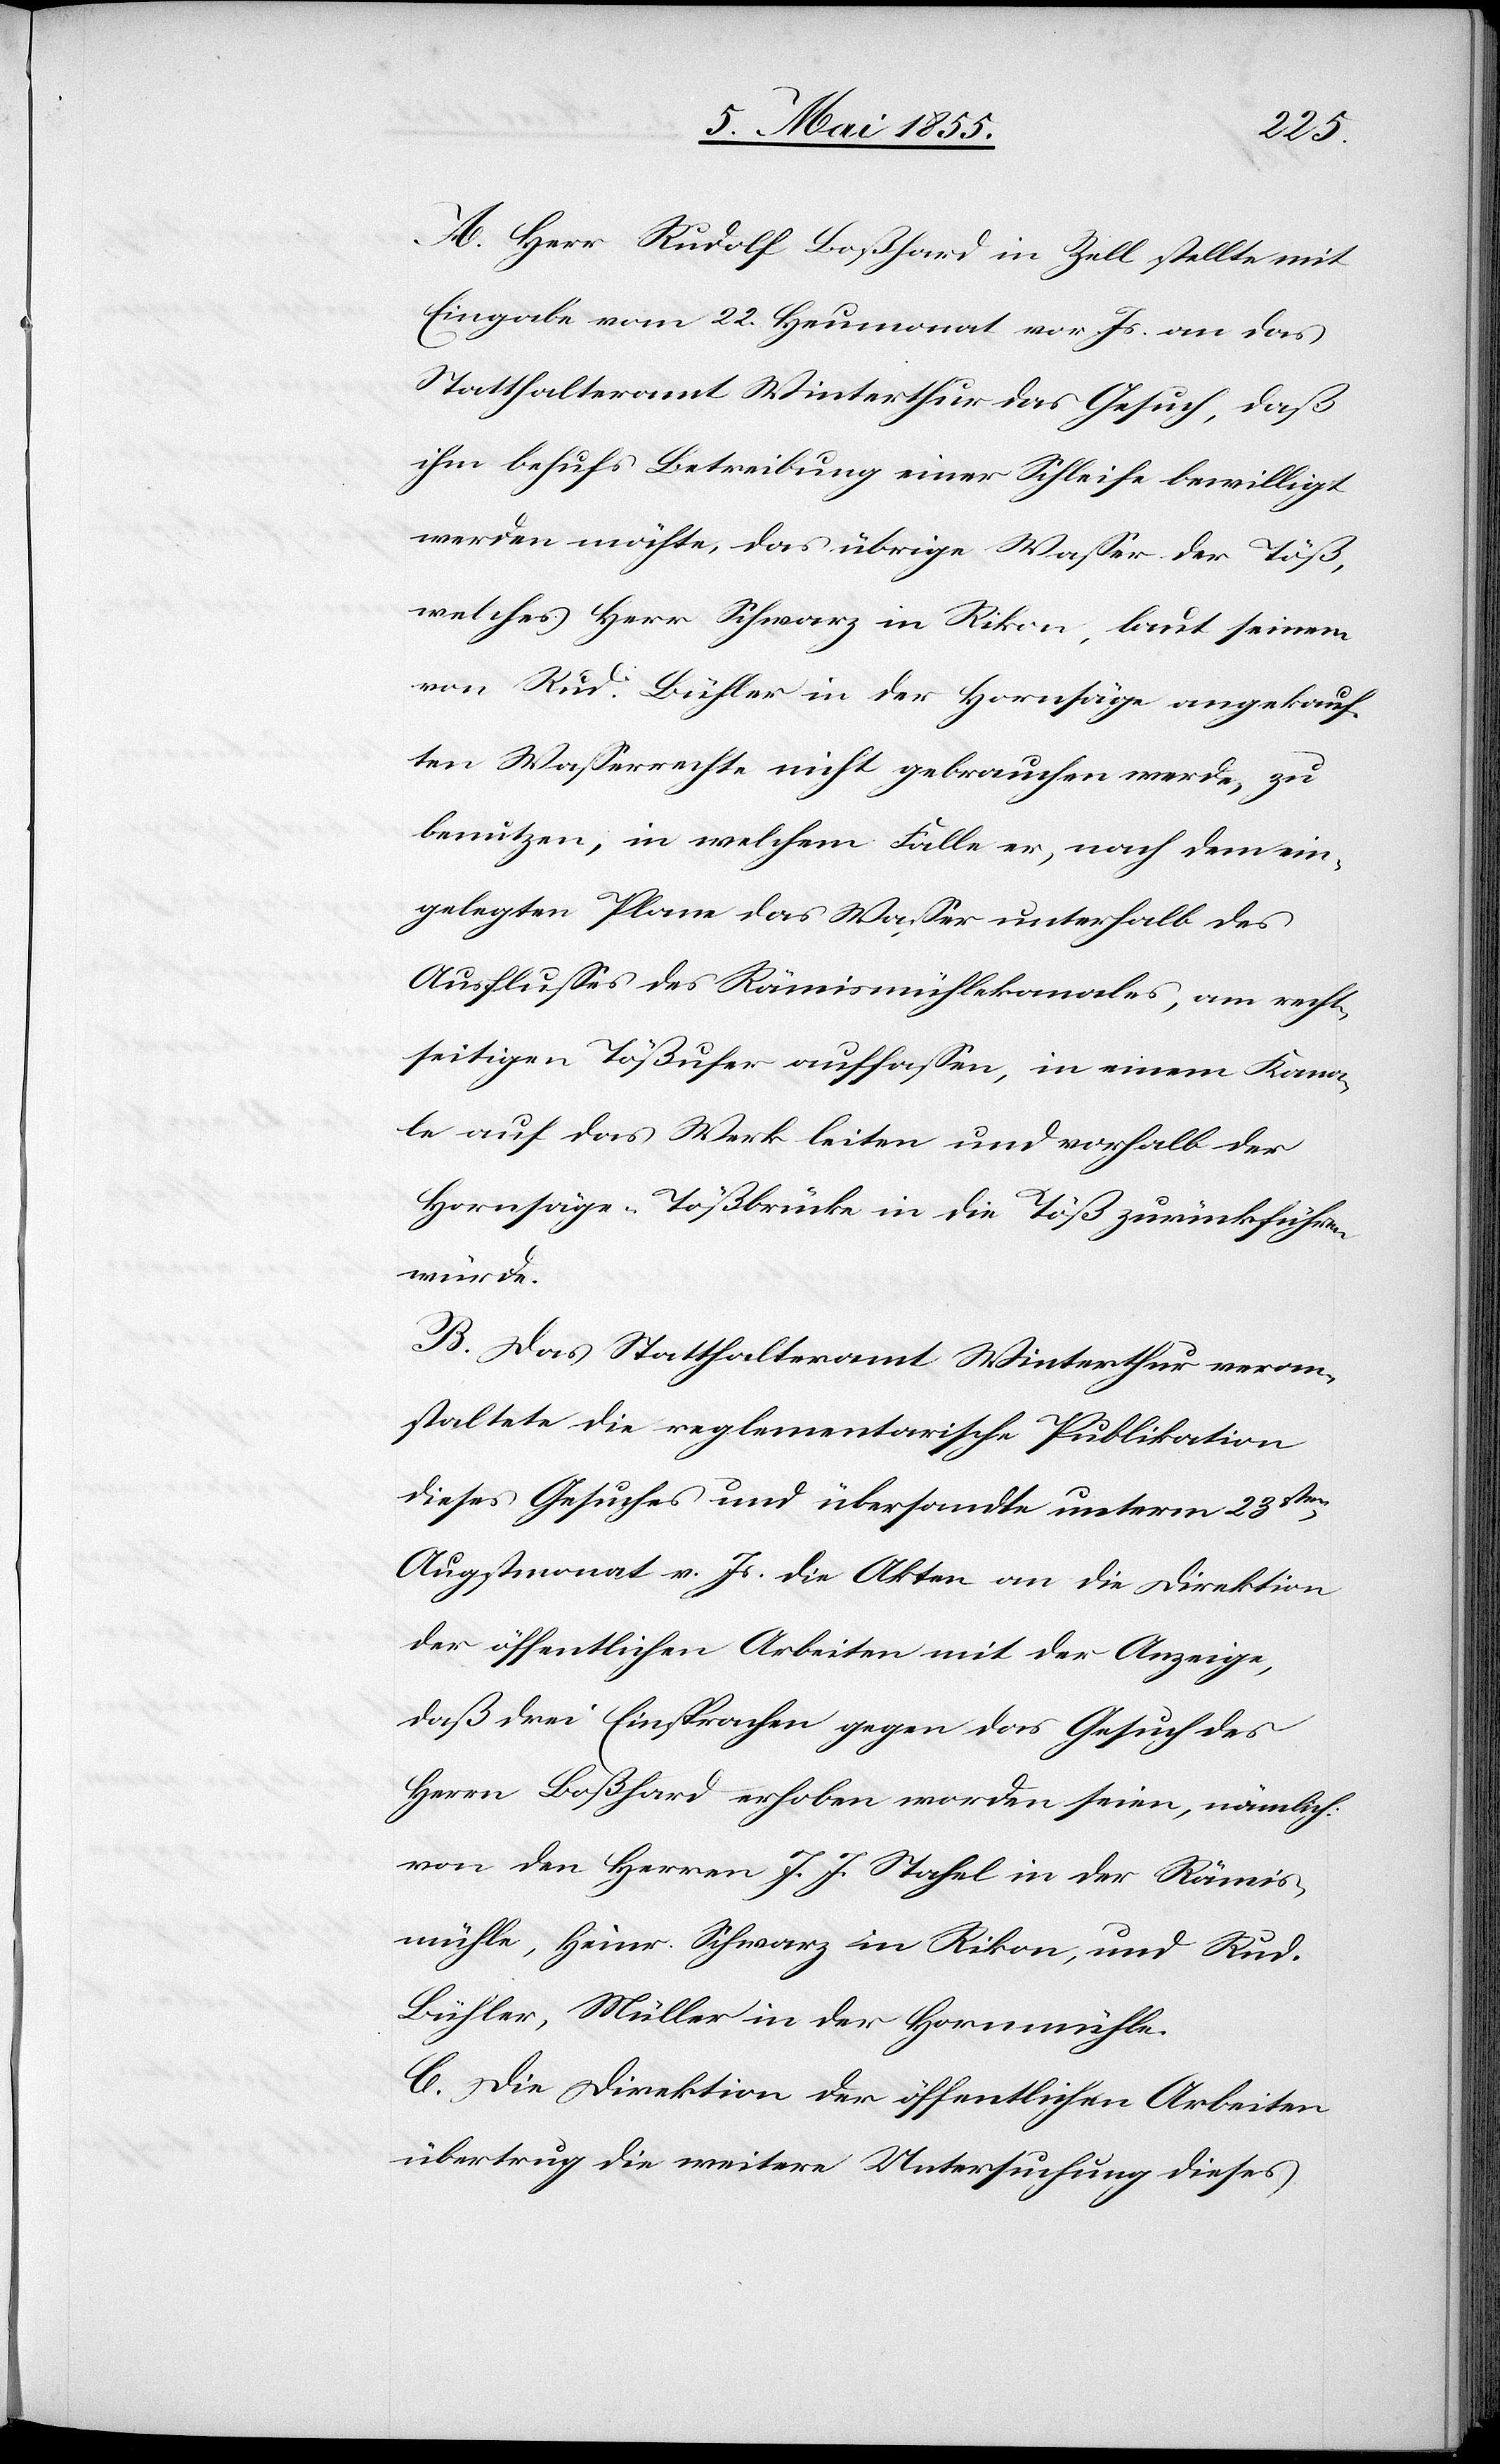
A. Herr Rudolf Boßhard in Zell stellte mit
Eingabe vom 22. Heumonat vor. Js. an das
Statthalteramt Winterthur das Gesuch, daß
ihm behufs Betreibung einer Schleife bewilligt
werden möchte, das übrige Wasser der Töß,
welches Herr Schwarz in Rikon, laut seinem
von Rud. Bühler in der Hornsäge angekauf¬
ten Wasserrechte nicht gebrauchen werde, zu
benutzen, in welchem Falle er, nach dem ein¬
gelegten Plane das Wasser unterhalb des
Ausflusses des Rämismühlekanales, am recht¬
seitigen Tößufer auffassen, in einem Kana¬
le auf das Werk leiten und vorhalb der
Hornsäge-Tößbrücke in die Töß zurückführen
würde.
B. Das Statthalteramt Winterthur veran¬
staltete die reglementarische Publikation
dieses Gesuches und übersandte unterm 23sten
Augstmonat v. Js. die Akten an die Direktion
der öffentlichen Arbeiten mit der Anzeige,
daß drei Einsprachen gegen das Gesuch des
Herrn Boßhard erhoben worden seien, nämlich:
von den Herren J. J. Stahel in der Rämis¬
mühle, Heinr. Schwarz in Rikon, und Rud.
Bühler, Müller in der Hornmühle.
C. Die Direktion der öffentlichen Arbeiten
übertrug die weitere Untersuchung dieses